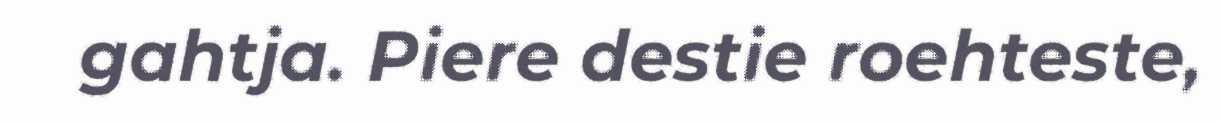
gahtja. Piere destie roehteste,